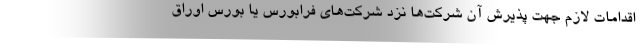
اقدامات لازم جهت پذيرش آن شركت‌ها نزد شركت‌هاي فرابورس يا بورس اوراق